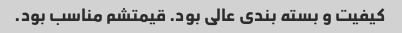
کیفیت و بسته بندی عالی بود. قیمتشم مناسب بود.